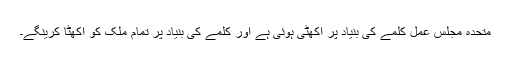
متحدہ مجلس عمل کلمے کی بنیاد پر اکھٹی ہوئی ہے اور کلمے کی بنیاد پر تمام ملک کو اکھٹا کرینگے۔